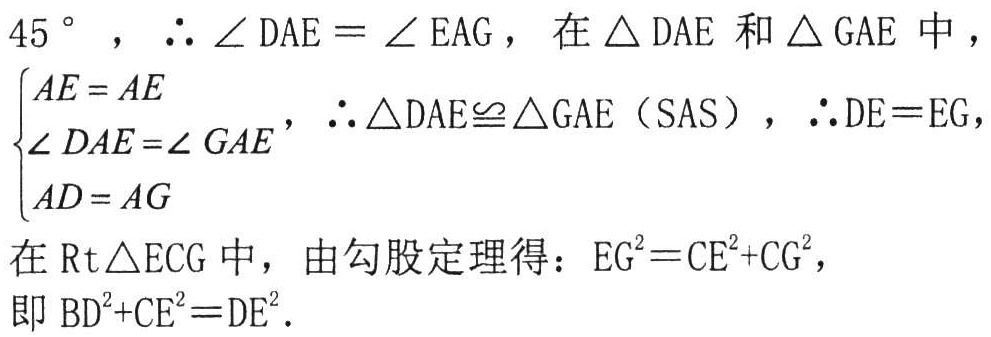
\(45^{\circ}\)，\(\therefore\angle DAE=\angle EAG\)，在\(\triangle DAE\)和\(\triangle GAE\)中，
\(\begin{cases}
AE = AE\\
\angle DAE=\angle GAE\\
AD = AG
\end{cases}\)，\(\therefore\triangle DAE\cong\triangle GAE\)（SAS），\(\therefore DE = EG\)，
在\(\text{Rt}\triangle ECG\)中，由勾股定理得：\(EG^{2}=CE^{2}+CG^{2}\)，
即\(BD^{2}+CE^{2}=DE^{2}\).